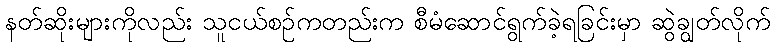
နတ်ဆိုးများကိုလည်း သူငယ်စဉ်ကတည်းက စီမံဆောင်ရွက်ခဲ့ရခြင်းမှာ ဆွဲချွတ်လိုက်